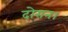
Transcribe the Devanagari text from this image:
दोरान।